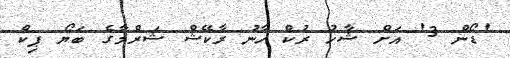
'ޑޯން 3' އަށް ޝާހު ރުކް ހާނު ރާކޭޝް ޝަރްމާގެ ބަޔޯ ޕިކް